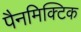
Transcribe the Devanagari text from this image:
पैनमिक्टिक